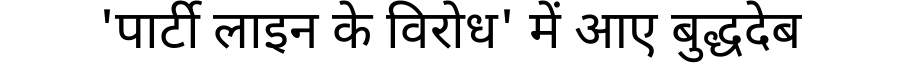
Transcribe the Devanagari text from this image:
'पार्टी लाइन के विरोध' में आए बुद्धदेब